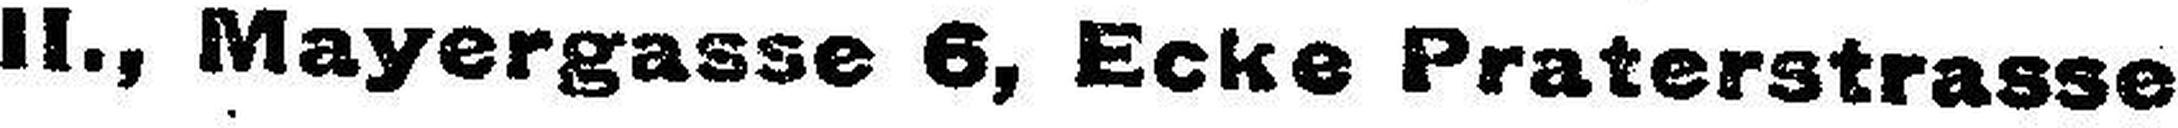
II., Mayergasse 6, Ecke Praterstrasse